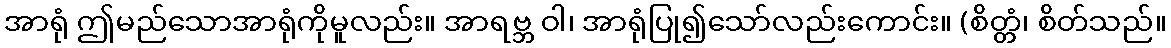
အာရုံ ဤမည်သောအာရုံကိုမူလည်း။ အာရဗ္ဘ ဝါ၊ အာရုံပြု၍သော်လည်းကောင်း။ (စိတ္တံ၊ စိတ်သည်။